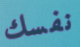
نفسك